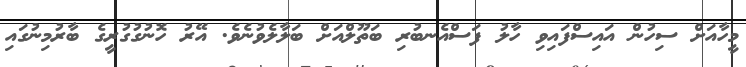
މީހާއަށް ސިހުން އައިސްފައިވި ހާލު ފަސްއެނބުރި ބަތޫލްއަށް ބަލާލެވުނެވެ. އޭރު ހޮނުގުގުރީގެ ބާރުމިނުގައި